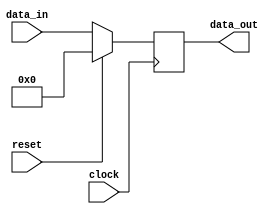
module delayT
#(
    parameter DATA_WIDTH = 32,
    parameter DELAY = 1
)
(
    input clock,
    input reset,

    input [DATA_WIDTH-1:0] data_in,
    output [DATA_WIDTH-1:0] data_out
);

reg [DATA_WIDTH-1:0] ram[DELAY-1:0];
integer i;

assign data_out = ram[DELAY-1];

always @(posedge clock) begin
    if (reset) begin
        for (i = 0; i < DELAY; i = i+1) begin
            ram[i] <= 0;
        end
    end else begin
        ram[0] <= data_in;
        for (i = 1; i < DELAY; i= i+1) begin
            ram[i] <= ram[i-1];
        end
    end
end

endmodule